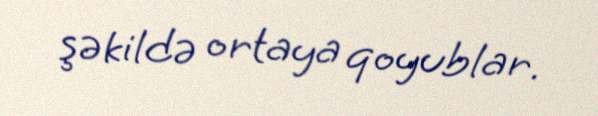
şəkildə ortaya qoyublar.